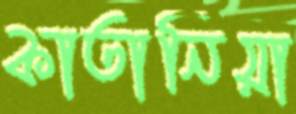
কাতানিয়া